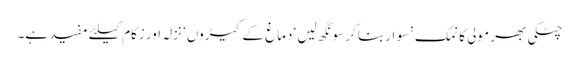
چٹکی بھر مولی کا نمک نسوار بناکر سونگھ لیں‘ دماغ کے کیڑوں‘ نزلہ اور زکام کیلئے مفید ہے۔